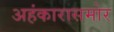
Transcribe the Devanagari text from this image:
अहंकारासमोर